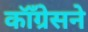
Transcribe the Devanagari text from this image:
कॉँग्रेसने